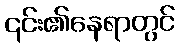
၎င်း၏နေရာတွင်